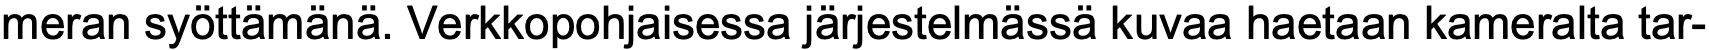
meran syöttämänä. Verkkopohjaisessa järjestelmässä kuvaa haetaan kameralta tar-